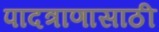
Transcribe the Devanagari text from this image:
पादत्राणासाठी